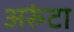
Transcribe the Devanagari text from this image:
अरुंटा